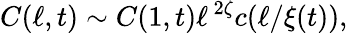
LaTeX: C(\ell,t)\sim C(1,t)\ell^{\, 2\zeta}c(\ell/\xi(t)),